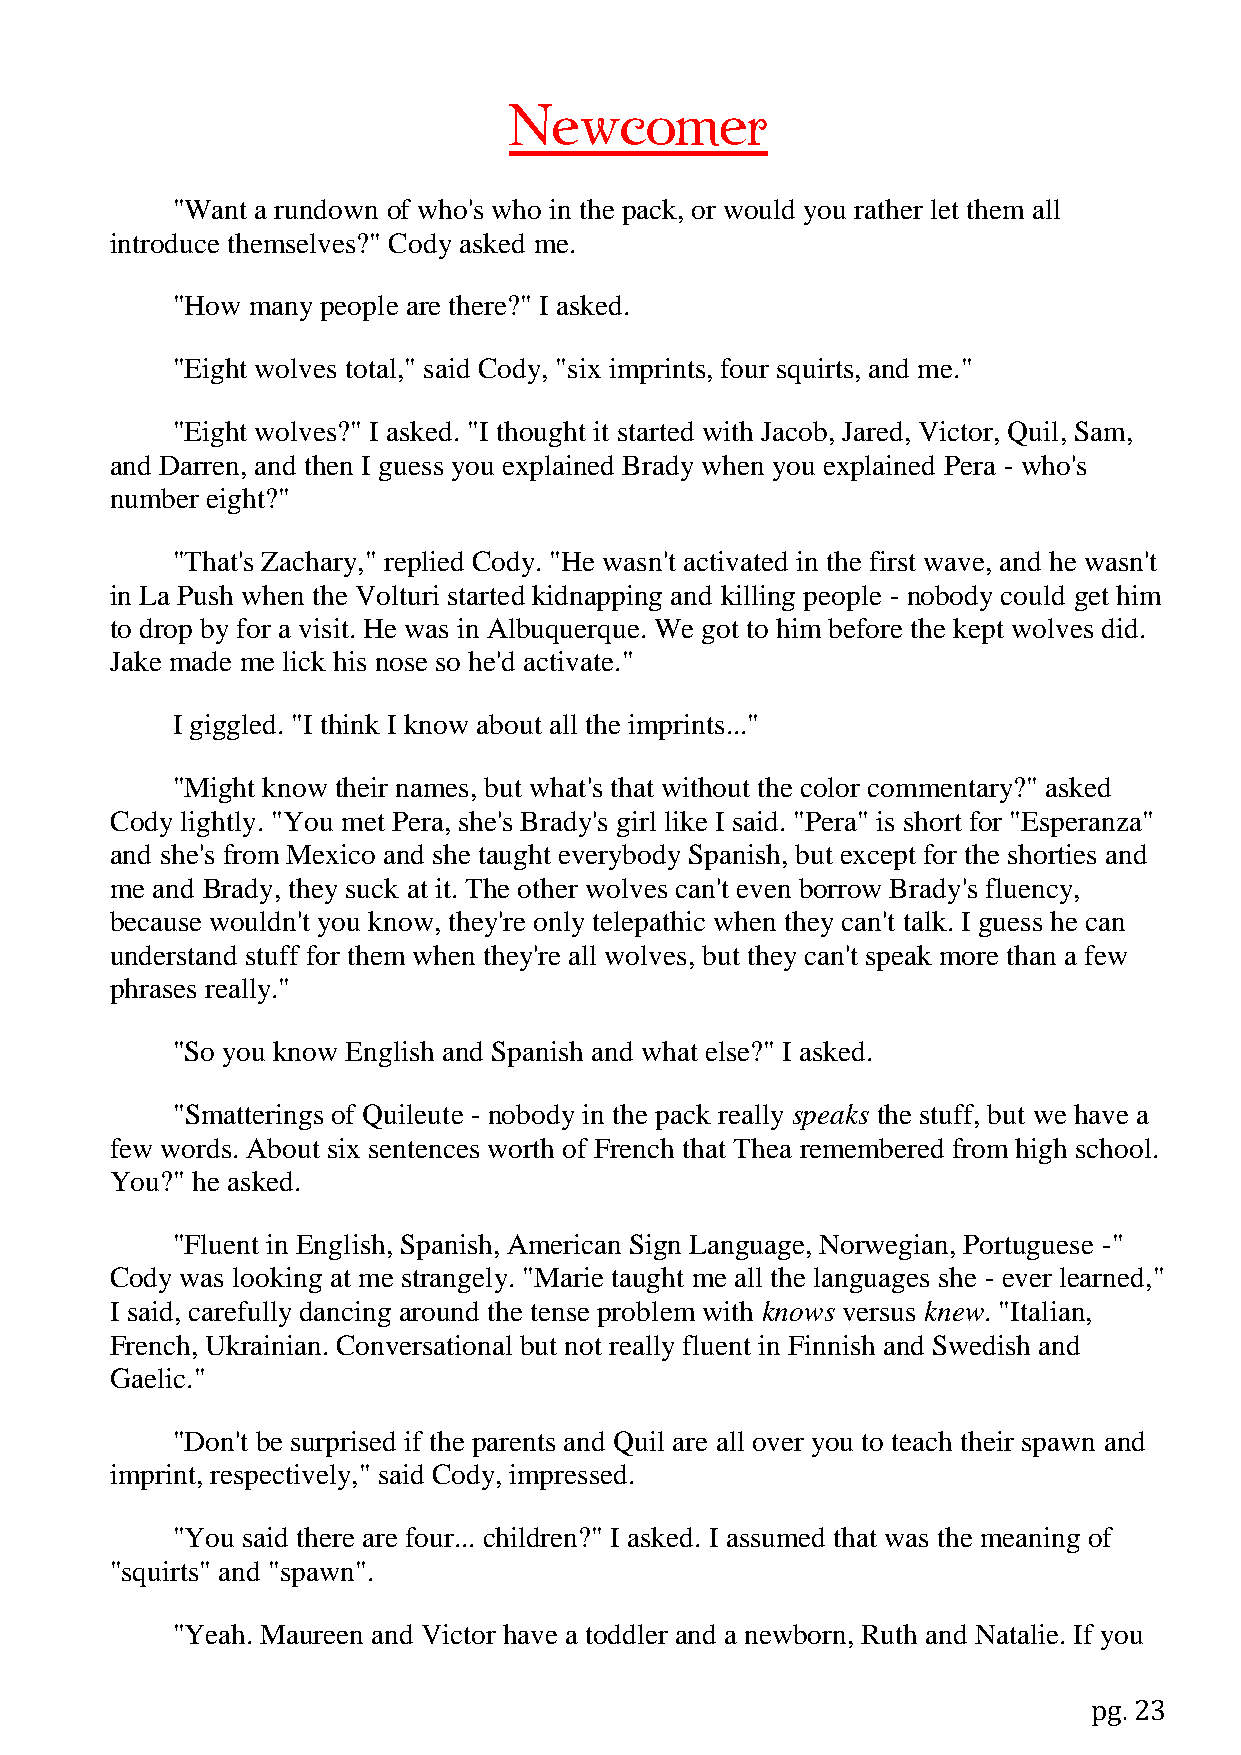
Newcomer
 "Want a rundown of who's who in the pack, or would you rather let them all
 introduce themselves?" Cody asked me.
 "How many people are there?" I asked.
 "Eight wolves total," said Cody, "six imprints, four squirts, and me."
 "Eight wolves?" I asked. "I thought it started with Jacob, Jared, Victor, Quil, Sam,
 and Darren, and then I guess you explained Brady when you explained Pera - who's
 number eight?"
 "That's Zachary," replied Cody. "He wasn't activated in the first wave, and he wasn't
 in La Push when the Volturi started kidnapping and killing people - nobody could get him
 to drop by for a visit. He was in Albuquerque. We got to him before the kept wolves did.
 Jake made me lick his nose so he'd activate."
 I giggled. "I think I know about all the imprints..."
 "Might know their names, but what's that without the color commentary?" asked
 Cody lightly. "You met Pera, she's Brady's girl like I said. "Pera" is short for "Esperanza"
 and she's from Mexico and she taught everybody Spanish, but except for the shorties and
 me and Brady, they suck at it. The other wolves can't even borrow Brady's fluency,
 because wouldn't you know, they're only telepathic when they can't talk. I guess he can
 understand stuff for them when they're all wolves, but they can't speak more than a few
 phrases really."
 "So you know English and Spanish and what else?" I asked.
 "Smatterings of Quileute - nobody in the pack really speaks the stuff, but we have a
 few words. About six sentences worth of French that Thea remembered from high school.
 You?" he asked.
 "Fluent in English, Spanish, American Sign Language, Norwegian, Portuguese -"
 Cody was looking at me strangely. "Marie taught me all the languages she - ever learned,"
 I said, carefully dancing around the tense problem with knows versus knew. "Italian,
 French, Ukrainian. Conversational but not really fluent in Finnish and Swedish and
 Gaelic."
 "Don't be surprised if the parents and Quil are all over you to teach their spawn and
 imprint, respectively," said Cody, impressed.
 "You said there are four... children?" I asked. I assumed that was the meaning of
 "squirts" and "spawn".
 "Yeah. Maureen and Victor have a toddler and a newborn, Ruth and Natalie. If you
 pg. 23